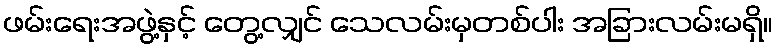
ဖမ်းရေးအဖွဲ့နှင့် တွေ့လျှင် သေလမ်းမှတစ်ပါး အခြားလမ်းမရှိ။